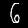
Digit: 6